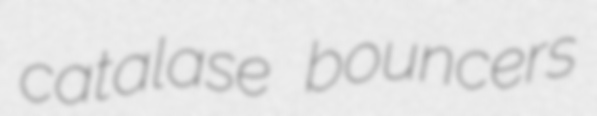
catalase bouncers